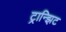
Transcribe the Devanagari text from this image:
ट्रान्झिट